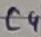
Text: C4